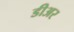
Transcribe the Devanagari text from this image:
डीअर